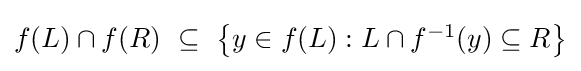
{\textstyle f(L)\cap f(R)~\subseteq ~\left\{y\in f(L):L\cap f^{-1}(y)\subseteq R\right\}}